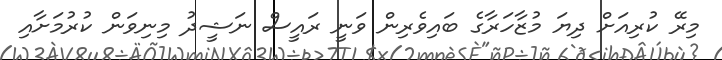
މިރޭ ކުރިއަށް ދިޔަ މުޒާހަރާގެ ބައިވެރިން ވަނީ ރައީސް ނަޝީދު މިނިވަން ކުރުމަށާއި